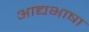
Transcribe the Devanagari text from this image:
आद्यभाषा